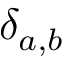
\delta _ { a , b }